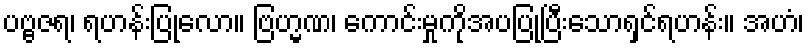
ပဗ္ဗဇရ၊ ရဟန်းပြုလော။ ဗြဟ္မဏ၊ ကောင်းမှုကိုအပပြုပြီးသောရှင်ရဟန်း။ အဟံ၊